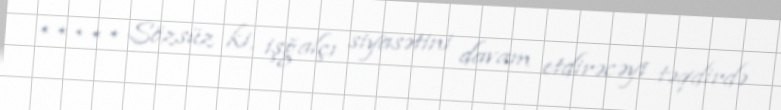
***** Sözsüz ki, işğalçı siyasətini davam etdirəcəyi təqdirdə